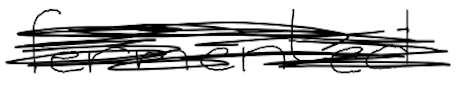
Text: fermented
Cross-out: scratch
Writing tool: digital_black